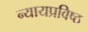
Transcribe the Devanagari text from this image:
न्यायप्रविष्ठ